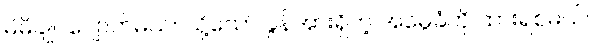
မိမိချုပ်ပျောက်မယ်။ သို့သော် ခွန်အားရှိတဲ့ အမွေခံကို ထားရစ်မယ်။